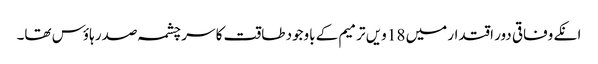
انکے وفاقی دور اقتدار میں 18 ویں ترمیم کے باوجود طاقت کا سر چشمہ صدر ہاؤس تھا۔